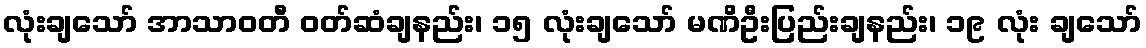
လုံးချသော် အာသာဝတီ ဝတ်ဆံချနည်း၊ ၁၅ လုံးချသော် မဏိဦးပြည်းချနည်း၊ ၁၉ လုံး ချသော်